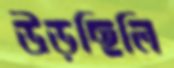
উড়ছিলি